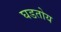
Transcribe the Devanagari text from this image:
घडतोय